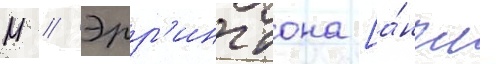
М // Эрр'ингтона [а́нгл.